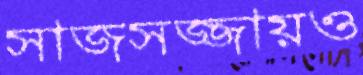
সাজসজ্জায়ও